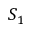
S _ { 1 }